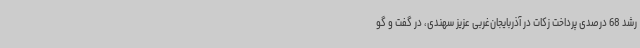
رشد 68 درصدی پرداخت زکات در آذربایجان‌غربی عزیز سهندی، در گفت و گو